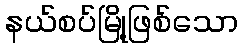
နယ်စပ်မြို့ဖြစ်သော